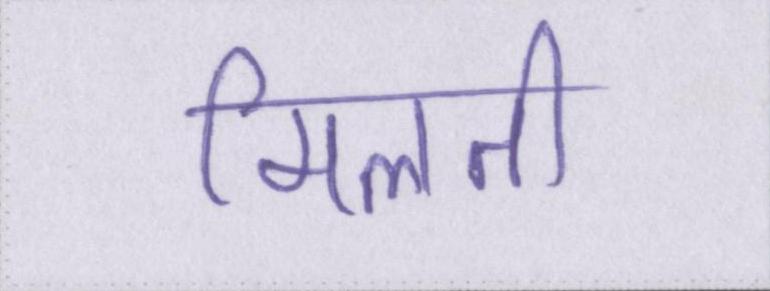
मिलती